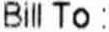
BILL TO :